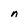
Character: n